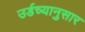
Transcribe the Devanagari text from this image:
उर्डच्यानुसार